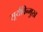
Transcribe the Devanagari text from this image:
सूर्यविन्मुख